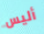
أليس